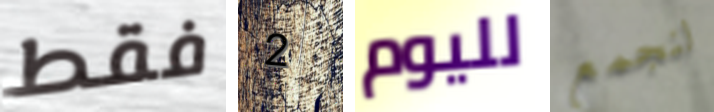
فقط 2 لليوم لنجمع